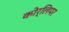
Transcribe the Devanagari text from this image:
कोर्लिपर